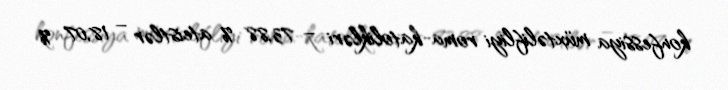
konfessiya müxtəlifliyi roma-katolikləri – 73,88 % ateistlər – 18,07 %